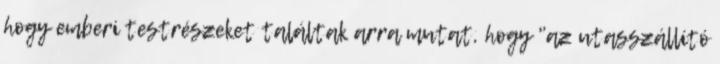
hogy emberi testrészeket találtak arra mutat, hogy "az utasszállító